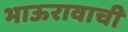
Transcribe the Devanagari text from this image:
भाऊरावाची